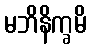
မဘိနိက္ခမိ